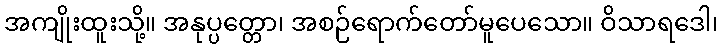
အကျိုးထူးသို့။ အနုပ္ပတ္တော၊ အစဉ်ရောက်တော်မူပေသော။ ဝိသာရဒေါ၊